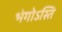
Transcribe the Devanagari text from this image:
भंगोऽस्ति